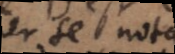
er se nota